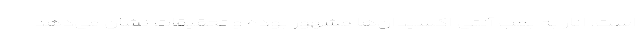
است. انار به بمب آنتی اکسیدان‌ها مشهور بوده و تحقیقات نشان می‌دهد